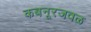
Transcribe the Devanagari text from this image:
कबनूरजवळ